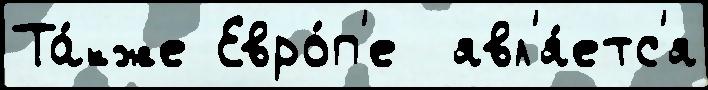
Та́кже Евро́п'е  явл'я́етс'я